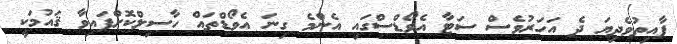
ފާއިތުވެދިޔަ ދެ އަހަރުވެސް ސަޓާ އެވޯޑްސްގައި އެންމެ ގިނަ އެވޯޑްތައް ހާސިލްކޮށްފައިވާ ޤައުމަކީ